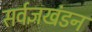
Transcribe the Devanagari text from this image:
सर्वज्ञखंडन